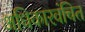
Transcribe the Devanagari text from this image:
अधिकारवंचित